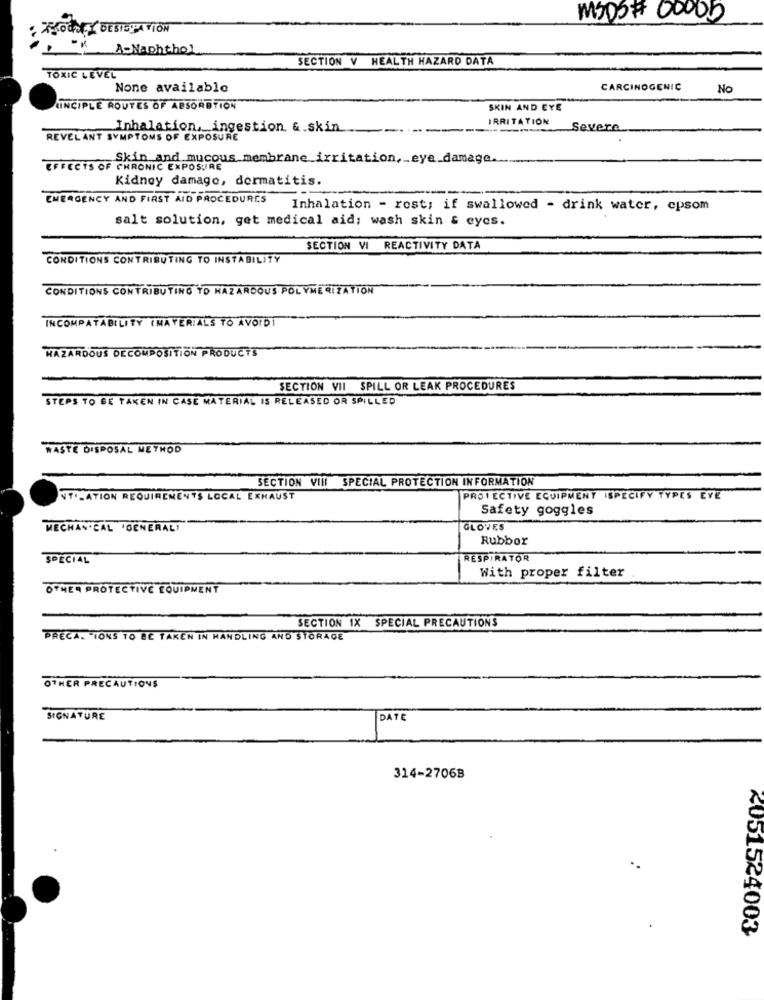
MEDOF OOOOb
. WHOONLY DESIGNATION
. - A-Naphthol
SECTION V HEALTH HAZARD DATA
TOXIC LEVEL
None available
CARCINOGENIC
No
LINCIPLE ROUTES OF ABSORBTION
SKIN AND EYE
Inhalation, ingestion & skin
IRRITATION Severe
REVEL ANT SYMPTOMS OF EXPOSURE
Skin and mucous membrane irritation, eye damage.
EFFECTS OF CHRONIC EXPOSURE
Kidney damage, dermatitis.
EMERGENCY AND FIRST AID PROCEDURES
Inhalation - rost; if swallowed - drink water, cpsom
salt solution, get medical aid; wash skin & eyes.
SECTION VI REACTIVITY DATA
CONDITIONS CONTRIBUTING TO INSTABILITY
CONDITIONS CONTRIBUTING TO HAZARDOUS POLYMERIZATION
INCOMPATABILITY (MATERIALS TO AVOID
HAZARDOUS DECOMPOSITION PRODUCTS
SECTION VII SPILL OR LEAK PROCEDURES
STEPS TO BE TAKEN IN CASE MATERIAL IS RELEASED OR SPILLED
WASTE DISPOSAL METHOD
SECTION VIII SPECIAL PROTECTION INFORMATION
NTILATION REQUIREMENTS LOCAL EXHAUST
PROIECTIVE EQUIPMENT ISPECIFY TYPES EVE
Safety goggles
MECHANICAL "GENERALI
GLOVES
Rubber
SPECIAL
RESPIRATOR
With proper filter
OTHER PROTECTIVE EQUIPMENT
SECTION 1X SPECIAL PRECAUTIONS
PRECA. "IONS TO BE TAKEN IN HANDLING AND STORAGE
OTHER PRECAUTIONS
SIGNATURE
DATE
314-27068
<051524003